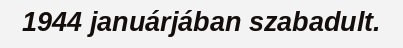
1944 januárjában szabadult.